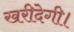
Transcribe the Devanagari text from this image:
खरीदेगी।